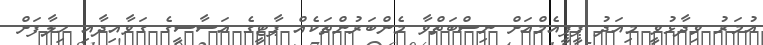
އުމަރު ވިދާޅުވީ މިއަދު ޕީޕީއެމްއަށް ނިސްބަތްވާ މެންބަރުންތަކެއް ޕާޓީގެ އަސާސީގެ ގަވާއިދާއި ހިލާފަށް